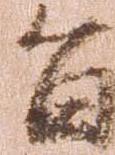
旨